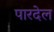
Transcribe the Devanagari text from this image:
पारदेल